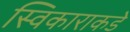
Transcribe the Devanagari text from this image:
स्विकाराकडे